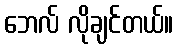
ဘေလ် လိုချင်တယ်။